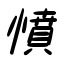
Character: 憤